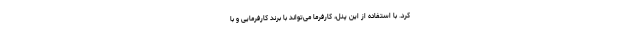
کرد. با استفاده از این پنل، کارفرما می‌تواند با برند کارفرمایی و با